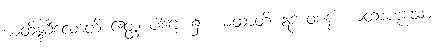
ယထိန္ဒခီလောတိ ဧတ္ထ ပါဌေ၊ ၌။ ယထာတိ ဣဒံ ဝစနံ၊ ယထာဟူသော